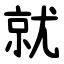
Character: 就